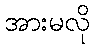
အားမလို